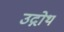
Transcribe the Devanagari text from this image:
उद्गोथ